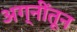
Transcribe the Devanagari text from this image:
अग्नींतून